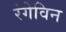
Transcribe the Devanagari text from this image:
रंगेविन